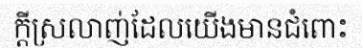
ក្តីស្រលាញ់ដែលយើងមានជំពោះ